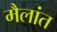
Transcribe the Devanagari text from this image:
मैलांत